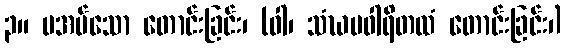
၃။ မအပ်သော တောင်းခြင်း၊ (ဝါ၊ သံဃပဝါရိတထံ တောင်းခြင်း၊)